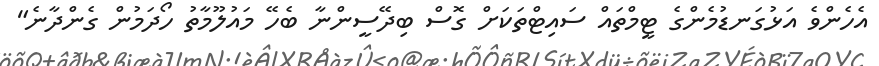
އެހެންވެ އަޅުގަނޑުމެންގެ ޓީމްތައް ސައިޓްތަކަށް ގޮސް ބިދޭސީންނާ ބެހޭ މައުލޫމާތު ހޯދަމުން ގެންދާނެ"